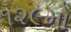
૧૨૯મો